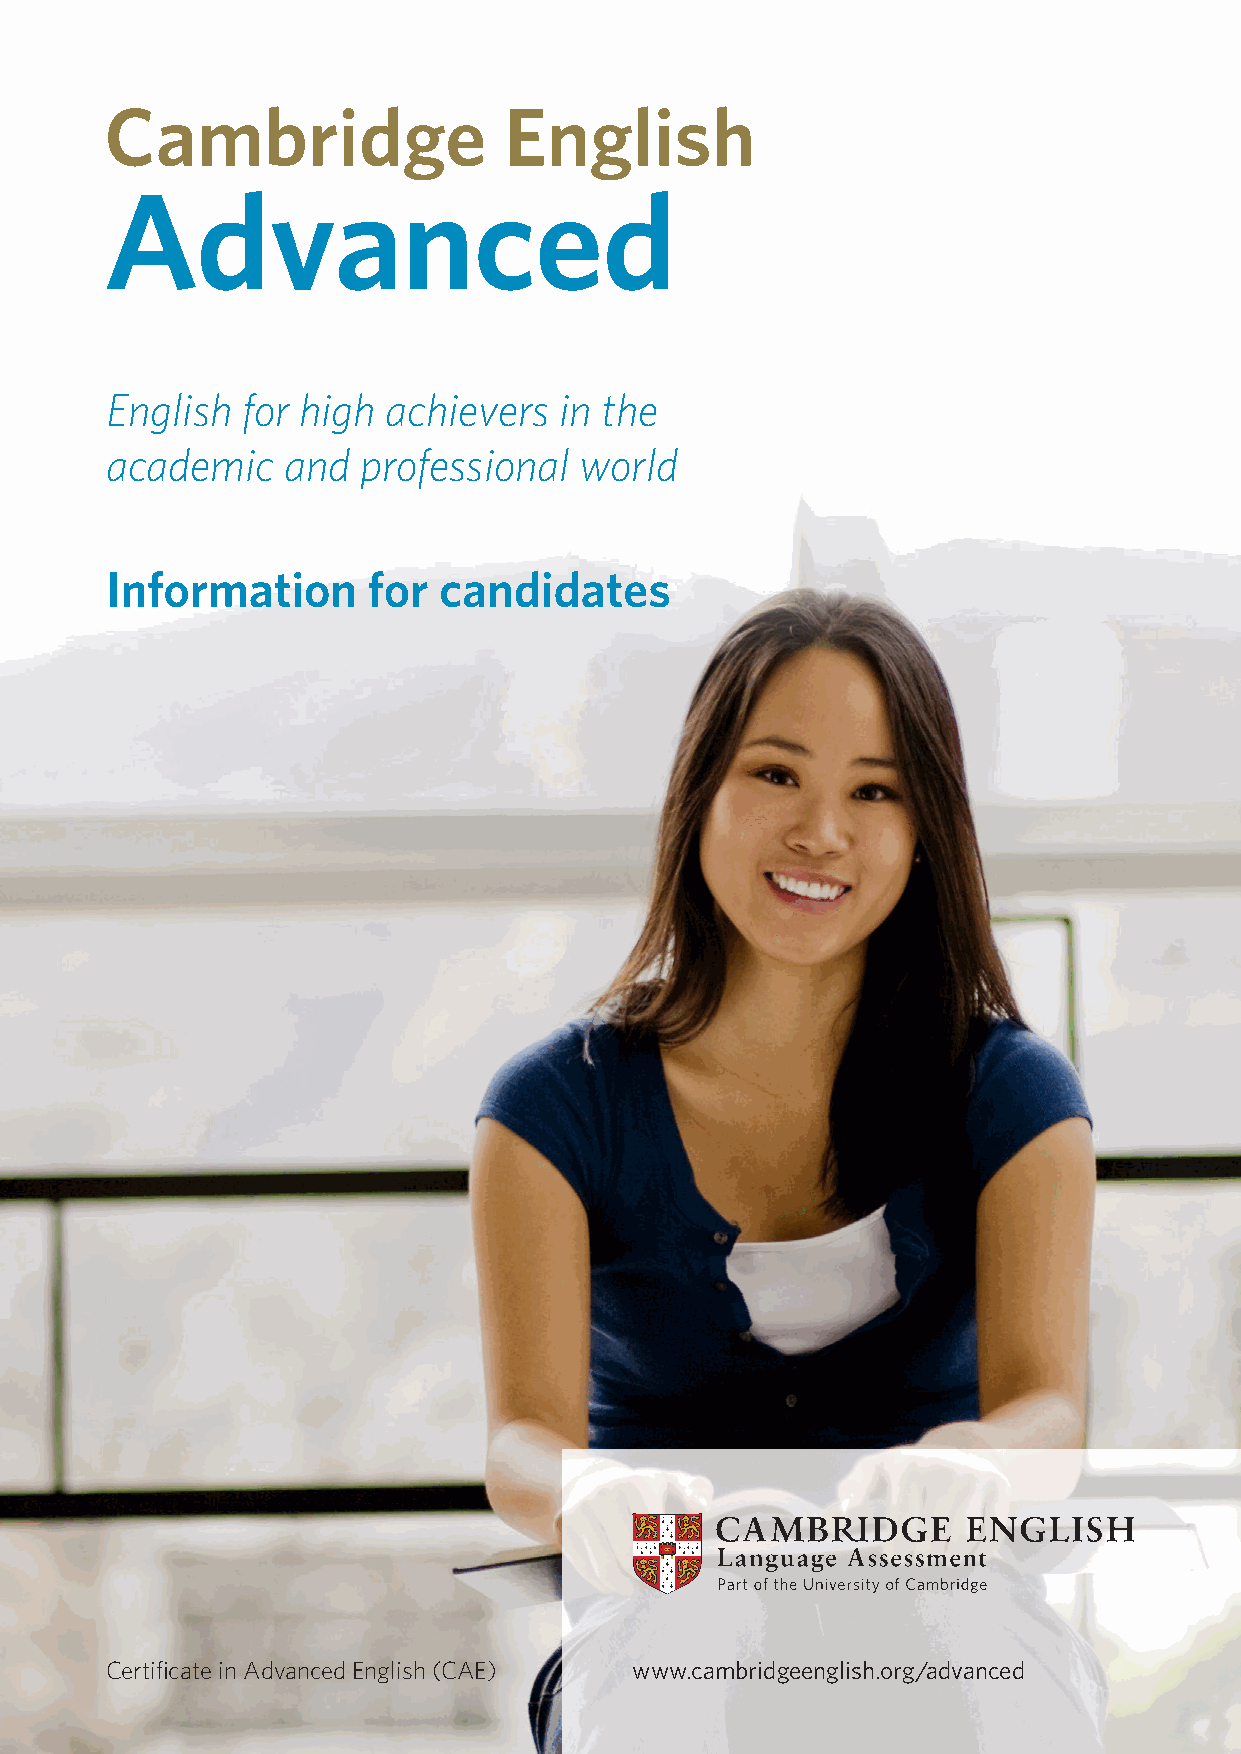
English  for high  achievers  in the
 academic    and  professional  world
 Information      for  candidates
 Certificate in Advanced English (CAE) www.cambridgeenglish.org/advanced